Indian journal of veterinary science and animal husbandry - Volume 2,
Year: 1932
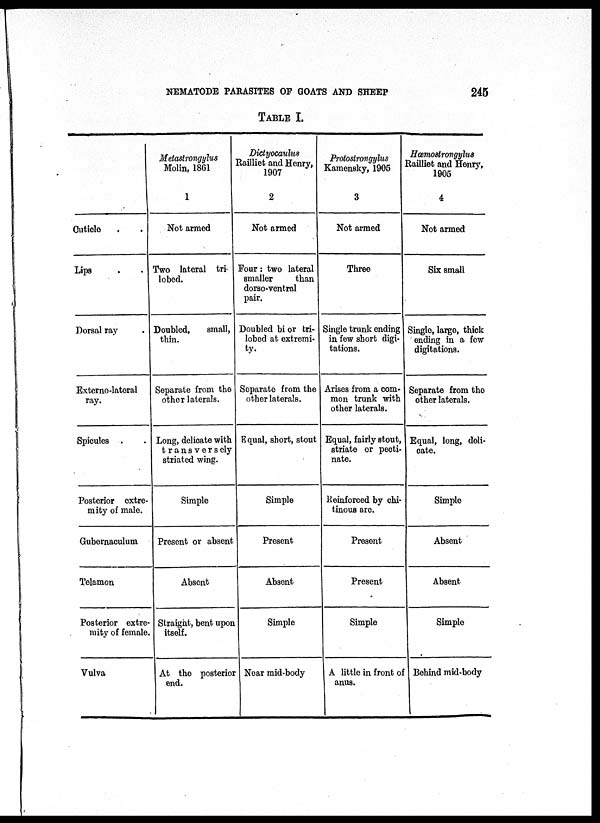
NEMATODE PARASITES OF GOATS AND SHEEP
245
TABLE I.
Cuticle . .
Lips . .
Dorsal ray .
Externo-lateral
ray.
Spicules . .
Posterior extre-
mity of male.
Gubernaculum
Telamon
Posterior extre-
mity of female.
Vulva
Metastrongylus
Molin, 1861
1
Not armed
Two lateral tri-
lobed.
Doubled,
small,
thin.
Separate from the
other laterals.
Long, delicate with
transversely
striated wing.
Simple
Present or absent
Absent
Straight, bent upon
itself.
At the posterior
end.
Dictyocaulus
Railliet and Henry,
1907
2
Not armed
Four : two lateral
smaller
than
dorso-ventral
pair.
Doubled bi or tri-
lobed at extremi-
ty.
Separate from the
other laterals.
Equal, short, stout
Simple
Present
Absent
Simple
Near mid-body
Protostrongylus
Kamensky, 1905
3
Not armed
Three
Single trunk ending
in few short digi-
tations.
Arises from a com-
mon trunk with
other laterals.
Equal, fairly stout,
striate or pecti-
nate.
Reinforced by chi-
tinous arc.
Present
Present
Simple
A little in front of
anus.
Hœmostrongylus
Railliet and Henry,
1905
4
Not armed
Six small
Single, large, thick
ending in a few
digitations.
Separate from the
other laterals.
Equal, long, deli-
cate.
Simple
Absent
Absent
Simple
Behind mid-body